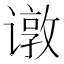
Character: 𬤣